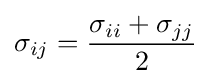
\sigma _{ij}={\frac {\sigma _{ii}+\sigma _{jj}}{2}}